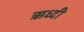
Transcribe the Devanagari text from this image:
ऋध्दी